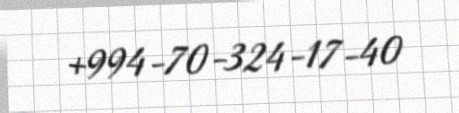
+994-70-324-17-40